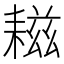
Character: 𦔒